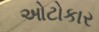
ઓટોકાર